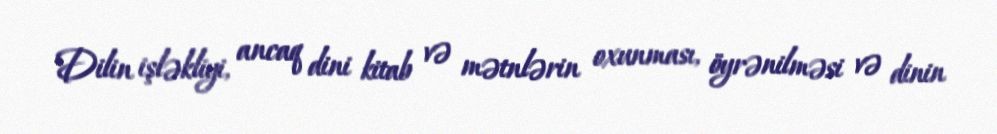
Dilin işləkliyi, ancaq dini kitab və mətnlərin oxunması, öyrənilməsi və dinin